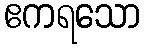
ဧကရသော